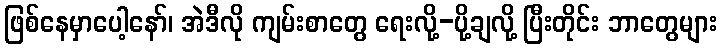
ဖြစ်နေမှာပေါ့နော်၊ အဲဒီလို ကျမ်းစာတွေ ရေးလို့-ပို့ချလို့ ပြီးတိုင်း ဘာတွေများ